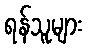
ရန်သူများ